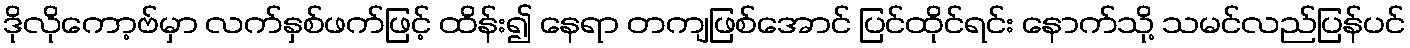
ဒိုလိုကော့ဗ်မှာ လက်နှစ်ဖက်ဖြင့် ထိန်း၍ နေရာ တကျဖြစ်အောင် ပြင်ထိုင်ရင်း နောက်သို့ သမင်လည်ပြန်ပင်